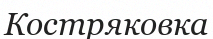
Костряковка